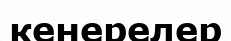
кенерелер